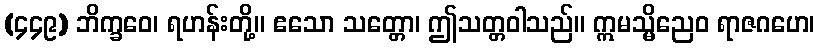
(၄၄၉) ဘိက္ခဝေ၊ ရဟန်းတို့။ ဧသော သတ္တော၊ ဤသတ္တဝါသည်။ ဣမသ္မိညေဝ ရာဇဂဟေ၊